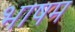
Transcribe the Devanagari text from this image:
भाषम